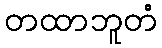
တထာဘူတံ